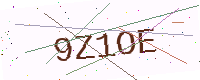
Text: 9Z1OE